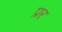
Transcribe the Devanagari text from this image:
प्रर